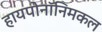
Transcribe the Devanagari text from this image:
हायपोनॉनिमकल